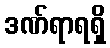
ဒဏ်ရာရရှိ